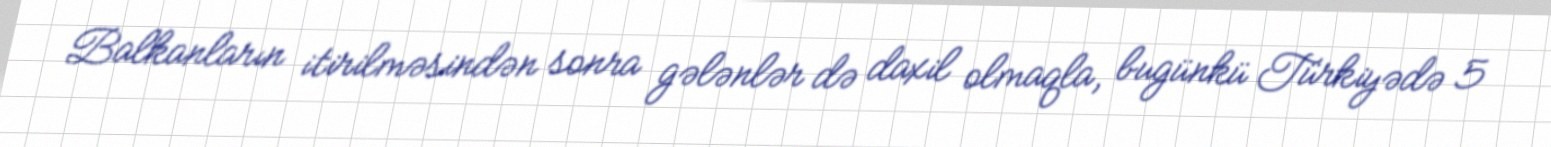
Balkanların itirilməsindən sonra gələnlər də daxil olmaqla, bugünkü Türkiyədə 5